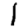
Digit: 1